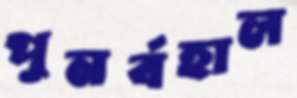
পুনর্বহাল